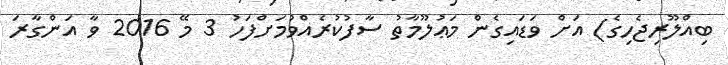
ބިއްލޫރިޖެހިގެ) އަށް ވަޑައިގެން މަޢުލޫމާތު ސާފުކުރެއްވުމަށްފަހު 3 މޭ 2016 ވާ އަންގާރަ